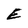
Character: E